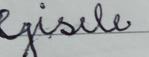
Signature authenticity: forged